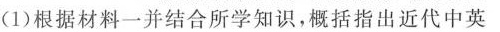
(1)根据材料一并结合所学知识，概括指出近代中英